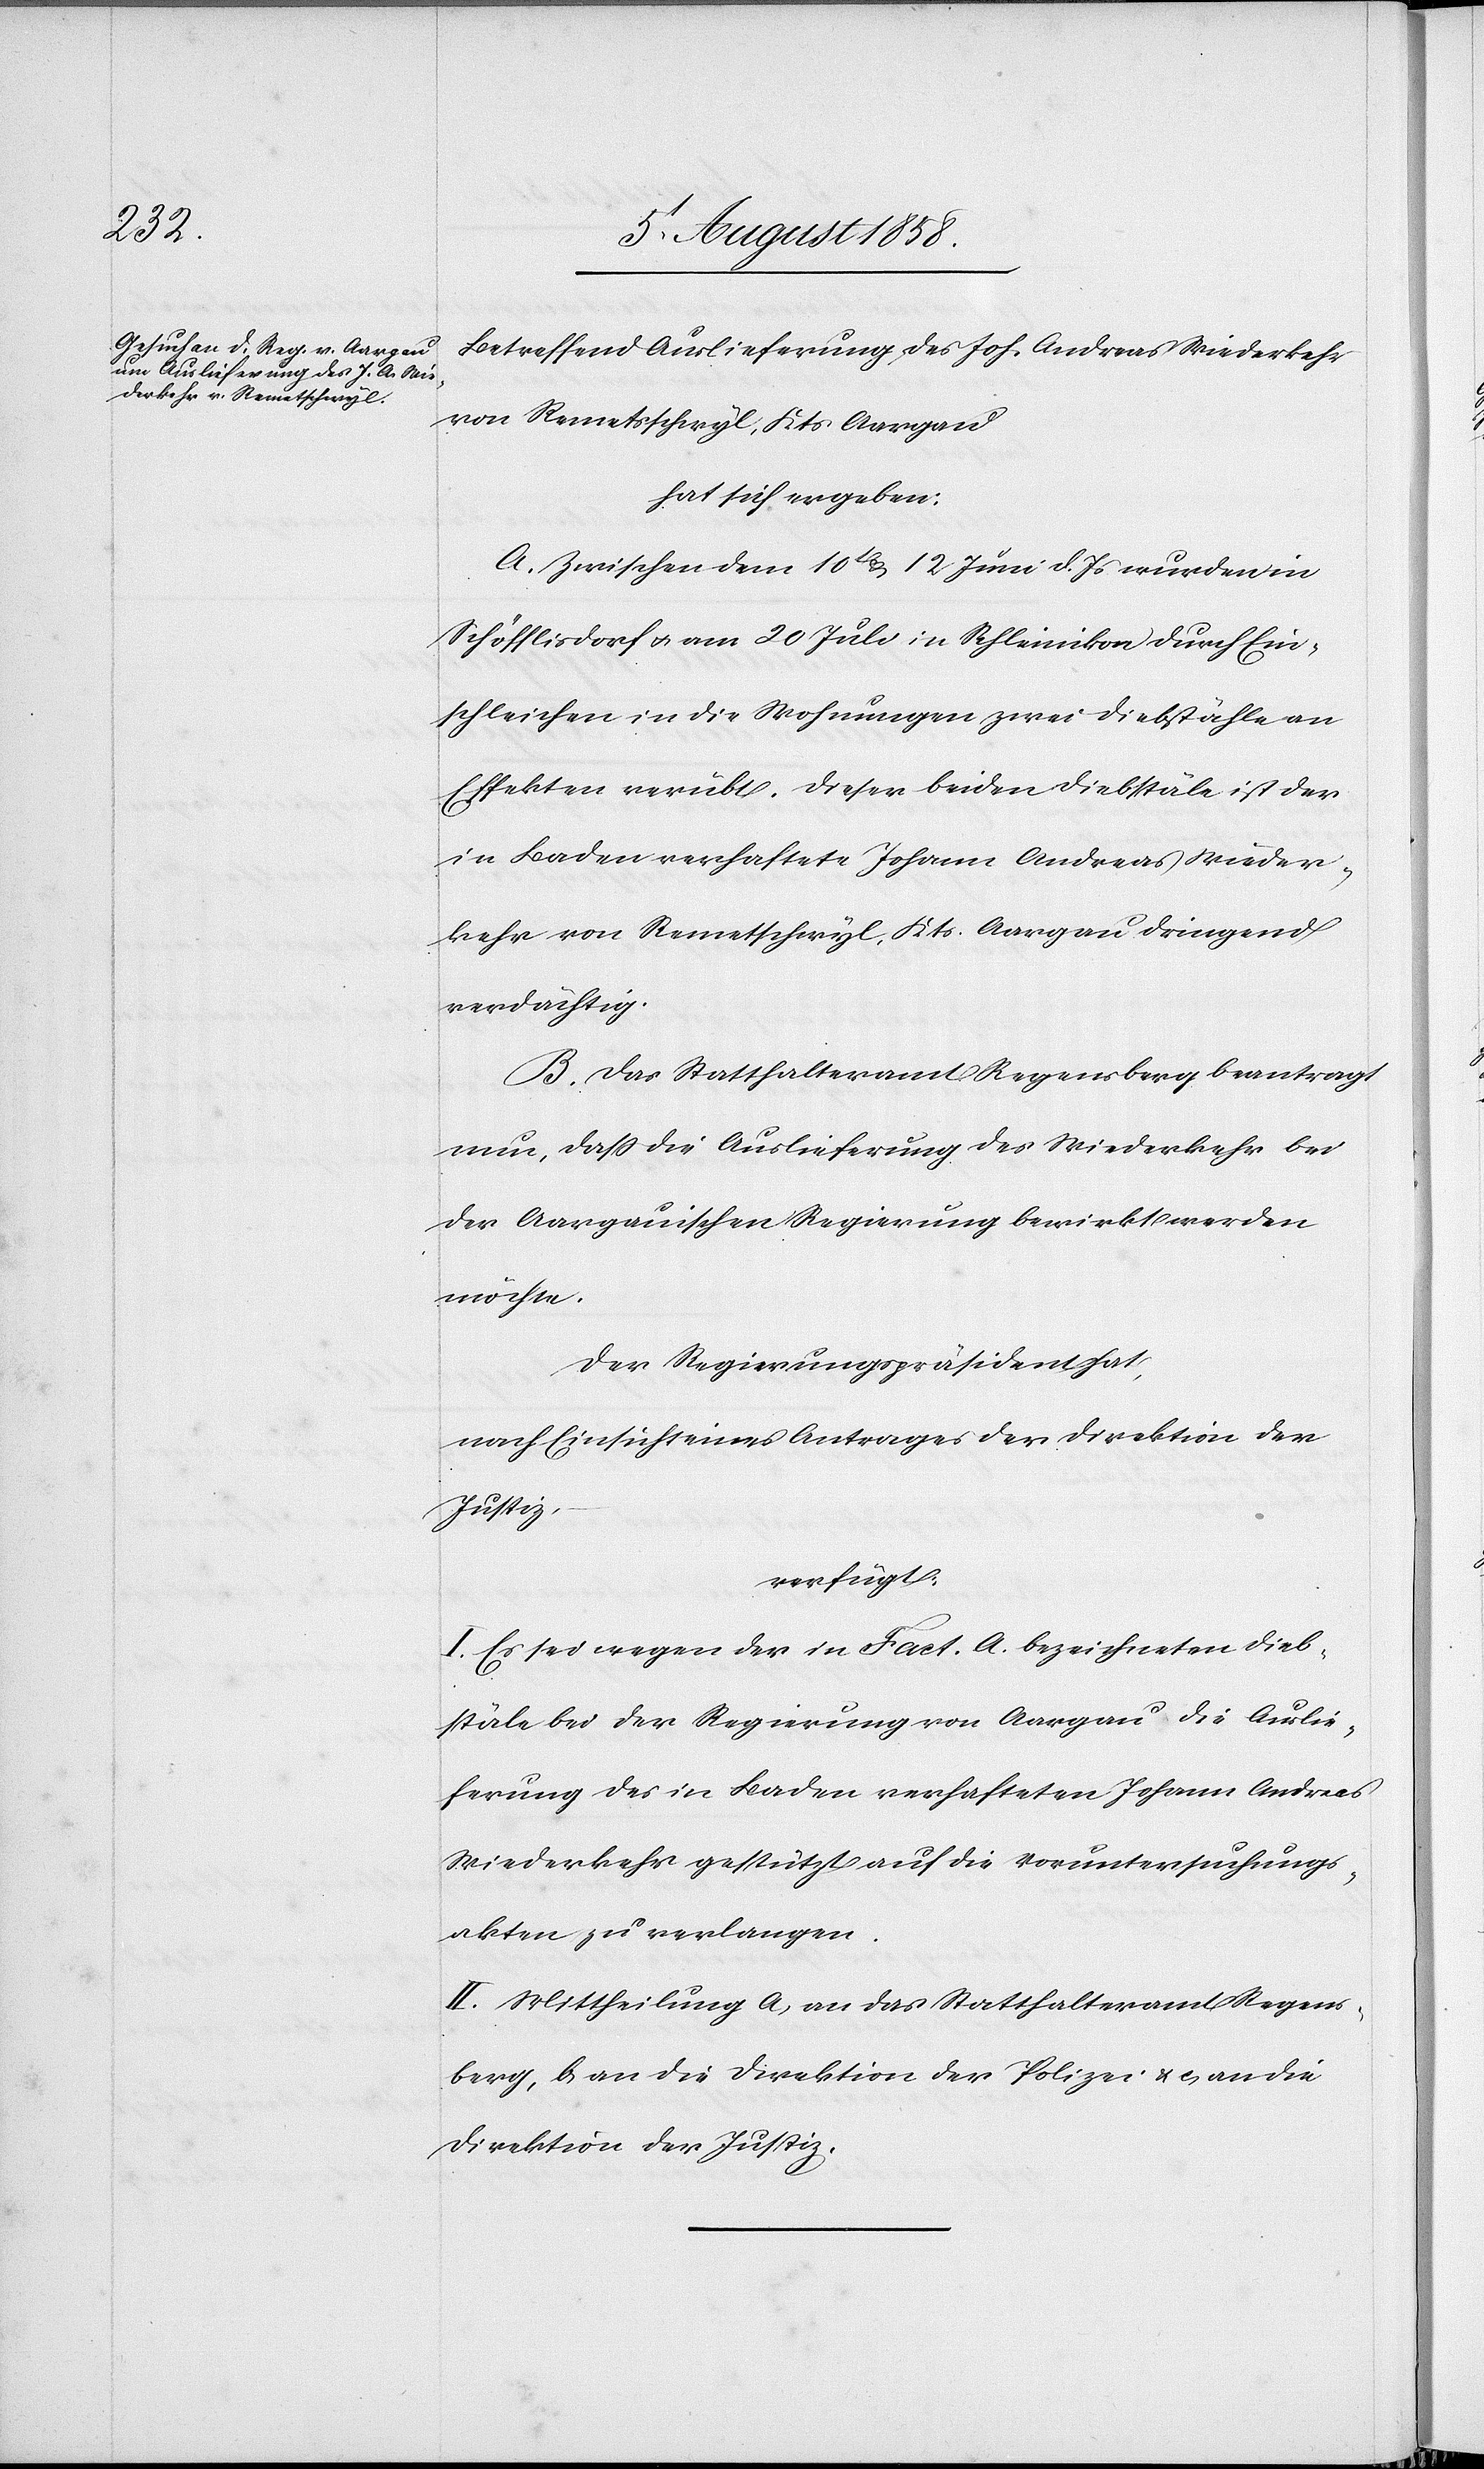
7t. August 1858.]
Betreffend Auslieferung des Joh. Andreas Wiederkehr
von Remetsschwyl, Kts. Aargau
hat sich ergeben:
A. Zwischen dem 10t & 12 Juni d. Js wurden in
Schöfflisdorf & am 20 Juli in Schleinikon durch Ein¬
schleichen in die Wohnungen zwei Diebstähle an
Effekten verübt. Dieser beiden Diebstäle ist der
in Baden verhaftete Johann Andreas Wieder¬
kehr von Remetschwyl, Kts. Aargau dringend
verdächtig.
B. Das Statthalteramt Regensberg beantragt
nun, dass die Auslieferung des Wiederkehr bei
der Aargauischen Regierung bewirkt werden
möchte.
Der Regierungspräsident hat,
nach Einsicht eines Antrages der Direktion der
Justiz,
verfügt:
I. Es sei wegen der in Fact. A. bezeichneten Dieb¬
stäle bei der Regierung von Aargau die Auslie¬
ferung des in Baden verhafteten Johann Andreas
Wiederkehr gestützt auf die Voruntersuchungs¬
akten zu verlangen.
II. Mittheilung a) an das Statthalteramt Regens¬
berg, b) an die Direktion der Polizei & c) an die
Direktion der Justiz.